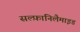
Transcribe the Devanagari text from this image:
सल्फ़ानिलैमाइड